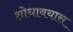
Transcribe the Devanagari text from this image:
शोधावयास